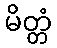
မိတ္တံ